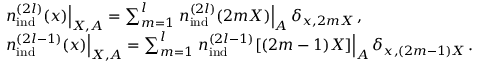
\begin{array} { r l } & { \left. { n } _ { \mathrm { i n d } } ^ { ( 2 l ) } ( \boldsymbol { x } ) \right| _ { \boldsymbol { X } , A } = \sum _ { m = 1 } ^ { l } \left. { n } _ { \mathrm { i n d } } ^ { ( 2 l ) } ( 2 m \boldsymbol { X } ) \right| _ { A } \delta _ { \boldsymbol { x } , 2 m \boldsymbol { X } } \, , } \\ & { \left. { n } _ { \mathrm { i n d } } ^ { ( 2 l - 1 ) } ( \boldsymbol { x } ) \right| _ { \boldsymbol { X } , A } = \sum _ { m = 1 } ^ { l } \left. { n } _ { \mathrm { i n d } } ^ { ( 2 l - 1 ) } [ ( 2 m - 1 ) \boldsymbol { X } ] \right| _ { A } \delta _ { \boldsymbol { x } , ( 2 m - 1 ) \boldsymbol { X } } \, . } \end{array}